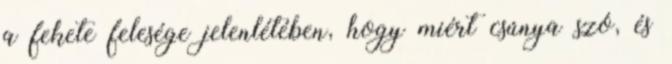
a fekete felesége jelenlétében, hogy miért csúnya szó, és